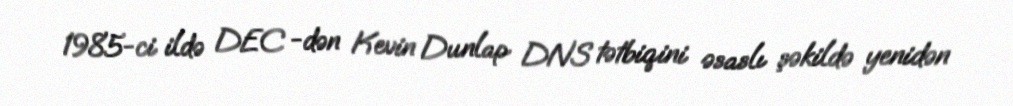
1985-ci ildə DEC -dən Kevin Dunlap DNS tətbiqini əsaslı şəkildə yenidən